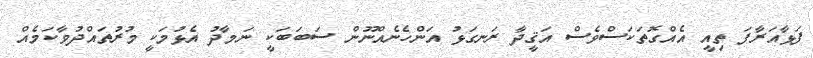
ފަޅާއަރާފަ ތިއީ އެއްގޮތަކަސްވެސް އަޤީދާ ރަނގަޅު އަންހެނެއްނޫން ސަބަބަކީ ނަމާދު އެޅުމަކީ މުރުތައްދުވާކަމެއް